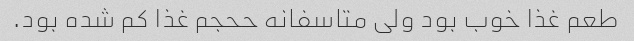
طعم غذا خوب بود ولی متاسفانه ححجم غذا کم شده بود.